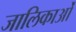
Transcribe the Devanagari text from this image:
जालिकाओं